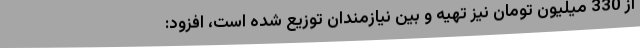
از 330 میلیون تومان نیز تهیه و بین نیازمندان توزیع شده است، افزود: